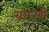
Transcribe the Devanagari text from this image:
बाघरी